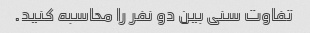
تفاوت سنی بین دو نفر را محاسبه کنید.